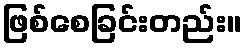
ဖြစ်စေခြင်းတည်း။